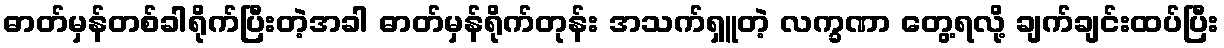
ဓာတ်မှန်တစ်ခါရိုက်ပြီးတဲ့အခါ ဓာတ်မှန်ရိုက်တုန်း အသက်ရှူတဲ့ လက္ခဏာ တွေ့ရလို့ ချက်ချင်းထပ်ပြီး